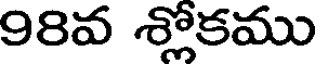
98వ శ్లోకము